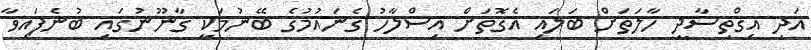
އަދި އިގްތިސާދީ ހާލަތަށް ބަލައި އެގޮތަށް އިސްލާހު ގެނައުމުގެ ބޭނުމަކީ ގާނޫނުގައި ބުނެފައިވާ